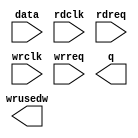
// megafunction wizard: %FIFO%VBB%
// GENERATION: STANDARD
// VERSION: WM1.0
// MODULE: dcfifo 

// ============================================================
// Megafunction Name(s):
// 			dcfifo
//
// Simulation Library Files(s):
// 			altera_mf
// ============================================================
// ************************************************************
// THIS IS A WIZARD-GENERATED FILE. DO NOT EDIT THIS FILE!
//
// 8.1 Build 163 10/28/2008 SJ Full Version
// ************************************************************

//Copyright (C) 1991-2008 Altera Corporation
//Your use of Altera Corporation's design tools, logic functions 
//and other software and tools, and its AMPP partner logic 
//functions, and any output files from any of the foregoing 
//(including device programming or simulation files), and any 
//associated documentation or information are expressly subject 
//to the terms and conditions of the Altera Program License 
//Subscription Agreement, Altera MegaCore Function License 
//Agreement, or other applicable license agreement, including, 
//without limitation, that your use is for the sole purpose of 
//programming logic devices manufactured by Altera and sold by 
//Altera or its authorized distributors.  Please refer to the 
//applicable agreement for further details.

module wrfifo (
	data,
	rdclk,
	rdreq,
	wrclk,
	wrreq,
	q,
	wrusedw);

	input	[15:0]  data;
	input	  rdclk;
	input	  rdreq;
	input	  wrclk;
	input	  wrreq;
	output	[15:0]  q;
	output	[8:0]  wrusedw;

endmodule

// ============================================================
// CNX file retrieval info
// ============================================================
// Retrieval info: PRIVATE: AlmostEmpty NUMERIC "0"
// Retrieval info: PRIVATE: AlmostEmptyThr NUMERIC "-1"
// Retrieval info: PRIVATE: AlmostFull NUMERIC "0"
// Retrieval info: PRIVATE: AlmostFullThr NUMERIC "-1"
// Retrieval info: PRIVATE: CLOCKS_ARE_SYNCHRONIZED NUMERIC "1"
// Retrieval info: PRIVATE: Clock NUMERIC "4"
// Retrieval info: PRIVATE: Depth NUMERIC "512"
// Retrieval info: PRIVATE: Empty NUMERIC "1"
// Retrieval info: PRIVATE: Full NUMERIC "1"
// Retrieval info: PRIVATE: INTENDED_DEVICE_FAMILY STRING "Cyclone"
// Retrieval info: PRIVATE: LE_BasedFIFO NUMERIC "0"
// Retrieval info: PRIVATE: LegacyRREQ NUMERIC "1"
// Retrieval info: PRIVATE: MAX_DEPTH_BY_9 NUMERIC "0"
// Retrieval info: PRIVATE: OVERFLOW_CHECKING NUMERIC "0"
// Retrieval info: PRIVATE: Optimize NUMERIC "2"
// Retrieval info: PRIVATE: RAM_BLOCK_TYPE NUMERIC "2"
// Retrieval info: PRIVATE: SYNTH_WRAPPER_GEN_POSTFIX STRING "0"
// Retrieval info: PRIVATE: UNDERFLOW_CHECKING NUMERIC "0"
// Retrieval info: PRIVATE: UsedW NUMERIC "1"
// Retrieval info: PRIVATE: Width NUMERIC "16"
// Retrieval info: PRIVATE: dc_aclr NUMERIC "0"
// Retrieval info: PRIVATE: diff_widths NUMERIC "0"
// Retrieval info: PRIVATE: msb_usedw NUMERIC "0"
// Retrieval info: PRIVATE: output_width NUMERIC "16"
// Retrieval info: PRIVATE: rsEmpty NUMERIC "0"
// Retrieval info: PRIVATE: rsFull NUMERIC "0"
// Retrieval info: PRIVATE: rsUsedW NUMERIC "0"
// Retrieval info: PRIVATE: sc_aclr NUMERIC "0"
// Retrieval info: PRIVATE: sc_sclr NUMERIC "0"
// Retrieval info: PRIVATE: wsEmpty NUMERIC "0"
// Retrieval info: PRIVATE: wsFull NUMERIC "0"
// Retrieval info: PRIVATE: wsUsedW NUMERIC "1"
// Retrieval info: CONSTANT: ADD_RAM_OUTPUT_REGISTER STRING "OFF"
// Retrieval info: CONSTANT: CLOCKS_ARE_SYNCHRONIZED STRING "TRUE"
// Retrieval info: CONSTANT: INTENDED_DEVICE_FAMILY STRING "Cyclone"
// Retrieval info: CONSTANT: LPM_HINT STRING "RAM_BLOCK_TYPE=M4K"
// Retrieval info: CONSTANT: LPM_NUMWORDS NUMERIC "512"
// Retrieval info: CONSTANT: LPM_SHOWAHEAD STRING "OFF"
// Retrieval info: CONSTANT: LPM_TYPE STRING "dcfifo"
// Retrieval info: CONSTANT: LPM_WIDTH NUMERIC "16"
// Retrieval info: CONSTANT: LPM_WIDTHU NUMERIC "9"
// Retrieval info: CONSTANT: OVERFLOW_CHECKING STRING "ON"
// Retrieval info: CONSTANT: UNDERFLOW_CHECKING STRING "ON"
// Retrieval info: CONSTANT: USE_EAB STRING "ON"
// Retrieval info: USED_PORT: data 0 0 16 0 INPUT NODEFVAL data[15..0]
// Retrieval info: USED_PORT: q 0 0 16 0 OUTPUT NODEFVAL q[15..0]
// Retrieval info: USED_PORT: rdclk 0 0 0 0 INPUT NODEFVAL rdclk
// Retrieval info: USED_PORT: rdreq 0 0 0 0 INPUT NODEFVAL rdreq
// Retrieval info: USED_PORT: wrclk 0 0 0 0 INPUT NODEFVAL wrclk
// Retrieval info: USED_PORT: wrreq 0 0 0 0 INPUT NODEFVAL wrreq
// Retrieval info: USED_PORT: wrusedw 0 0 9 0 OUTPUT NODEFVAL wrusedw[8..0]
// Retrieval info: CONNECT: @data 0 0 16 0 data 0 0 16 0
// Retrieval info: CONNECT: q 0 0 16 0 @q 0 0 16 0
// Retrieval info: CONNECT: @wrreq 0 0 0 0 wrreq 0 0 0 0
// Retrieval info: CONNECT: @rdreq 0 0 0 0 rdreq 0 0 0 0
// Retrieval info: CONNECT: @rdclk 0 0 0 0 rdclk 0 0 0 0
// Retrieval info: CONNECT: @wrclk 0 0 0 0 wrclk 0 0 0 0
// Retrieval info: CONNECT: wrusedw 0 0 9 0 @wrusedw 0 0 9 0
// Retrieval info: LIBRARY: altera_mf altera_mf.altera_mf_components.all
// Retrieval info: GEN_FILE: TYPE_NORMAL wrfifo.v TRUE
// Retrieval info: GEN_FILE: TYPE_NORMAL wrfifo.inc FALSE
// Retrieval info: GEN_FILE: TYPE_NORMAL wrfifo.cmp FALSE
// Retrieval info: GEN_FILE: TYPE_NORMAL wrfifo.bsf TRUE FALSE
// Retrieval info: GEN_FILE: TYPE_NORMAL wrfifo_inst.v TRUE
// Retrieval info: GEN_FILE: TYPE_NORMAL wrfifo_bb.v TRUE
// Retrieval info: GEN_FILE: TYPE_NORMAL wrfifo_waveforms.html TRUE
// Retrieval info: GEN_FILE: TYPE_NORMAL wrfifo_wave*.jpg FALSE
// Retrieval info: LIB_FILE: altera_mf